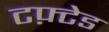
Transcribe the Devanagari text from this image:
टफ़्टेड